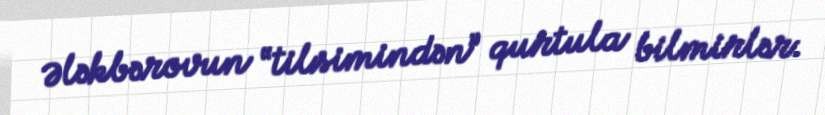
Ələkbərovun “tilsimindən” qurtula bilmirlər.